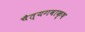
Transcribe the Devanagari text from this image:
चैत्यगवाक्ष